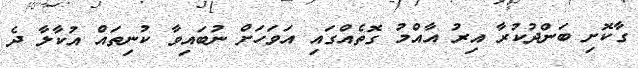
ގާކޮށި ބަންދުކުރާ އިރު އާއްމު ގޮތެއްގައި އަވަހަށް ނުބައިވާ ކުނިތައް އުކާލާ ދެ